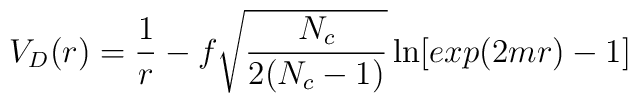
V_D(r)={1\over r}-f\sqrt{N_c\over{2(N_c-1)}}\ln[exp(2mr)-1]\qquad